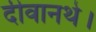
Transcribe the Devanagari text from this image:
दीवानथे।